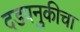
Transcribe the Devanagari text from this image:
दडपनुकीचा